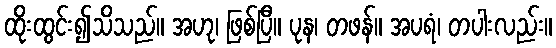
ထိုးထွင်း၍သိသည်။ အဟု၊ ဖြစ်ပြီ။ ပုန၊ တဖန်။ အပရံ၊ တပါးလည်း။